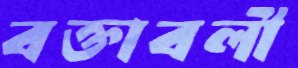
বক্তাবলী